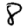
Digit: 8